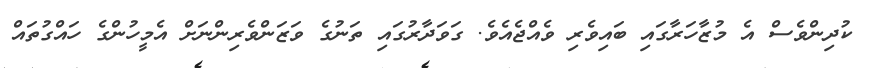
ކުދިންވެސް އެ މުޒާހަރާގައި ބައިވެރި ވެއްޖެއެވެ. ގަވަދާރުގައި ތަނުގެ ވަޒަންވެރިންނަށް އެމީހުންގެ ހައްގުތައް